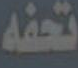
تحفه